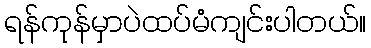
ရန်ကုန်မှာပဲထပ်မံကျင်းပါတယ်။